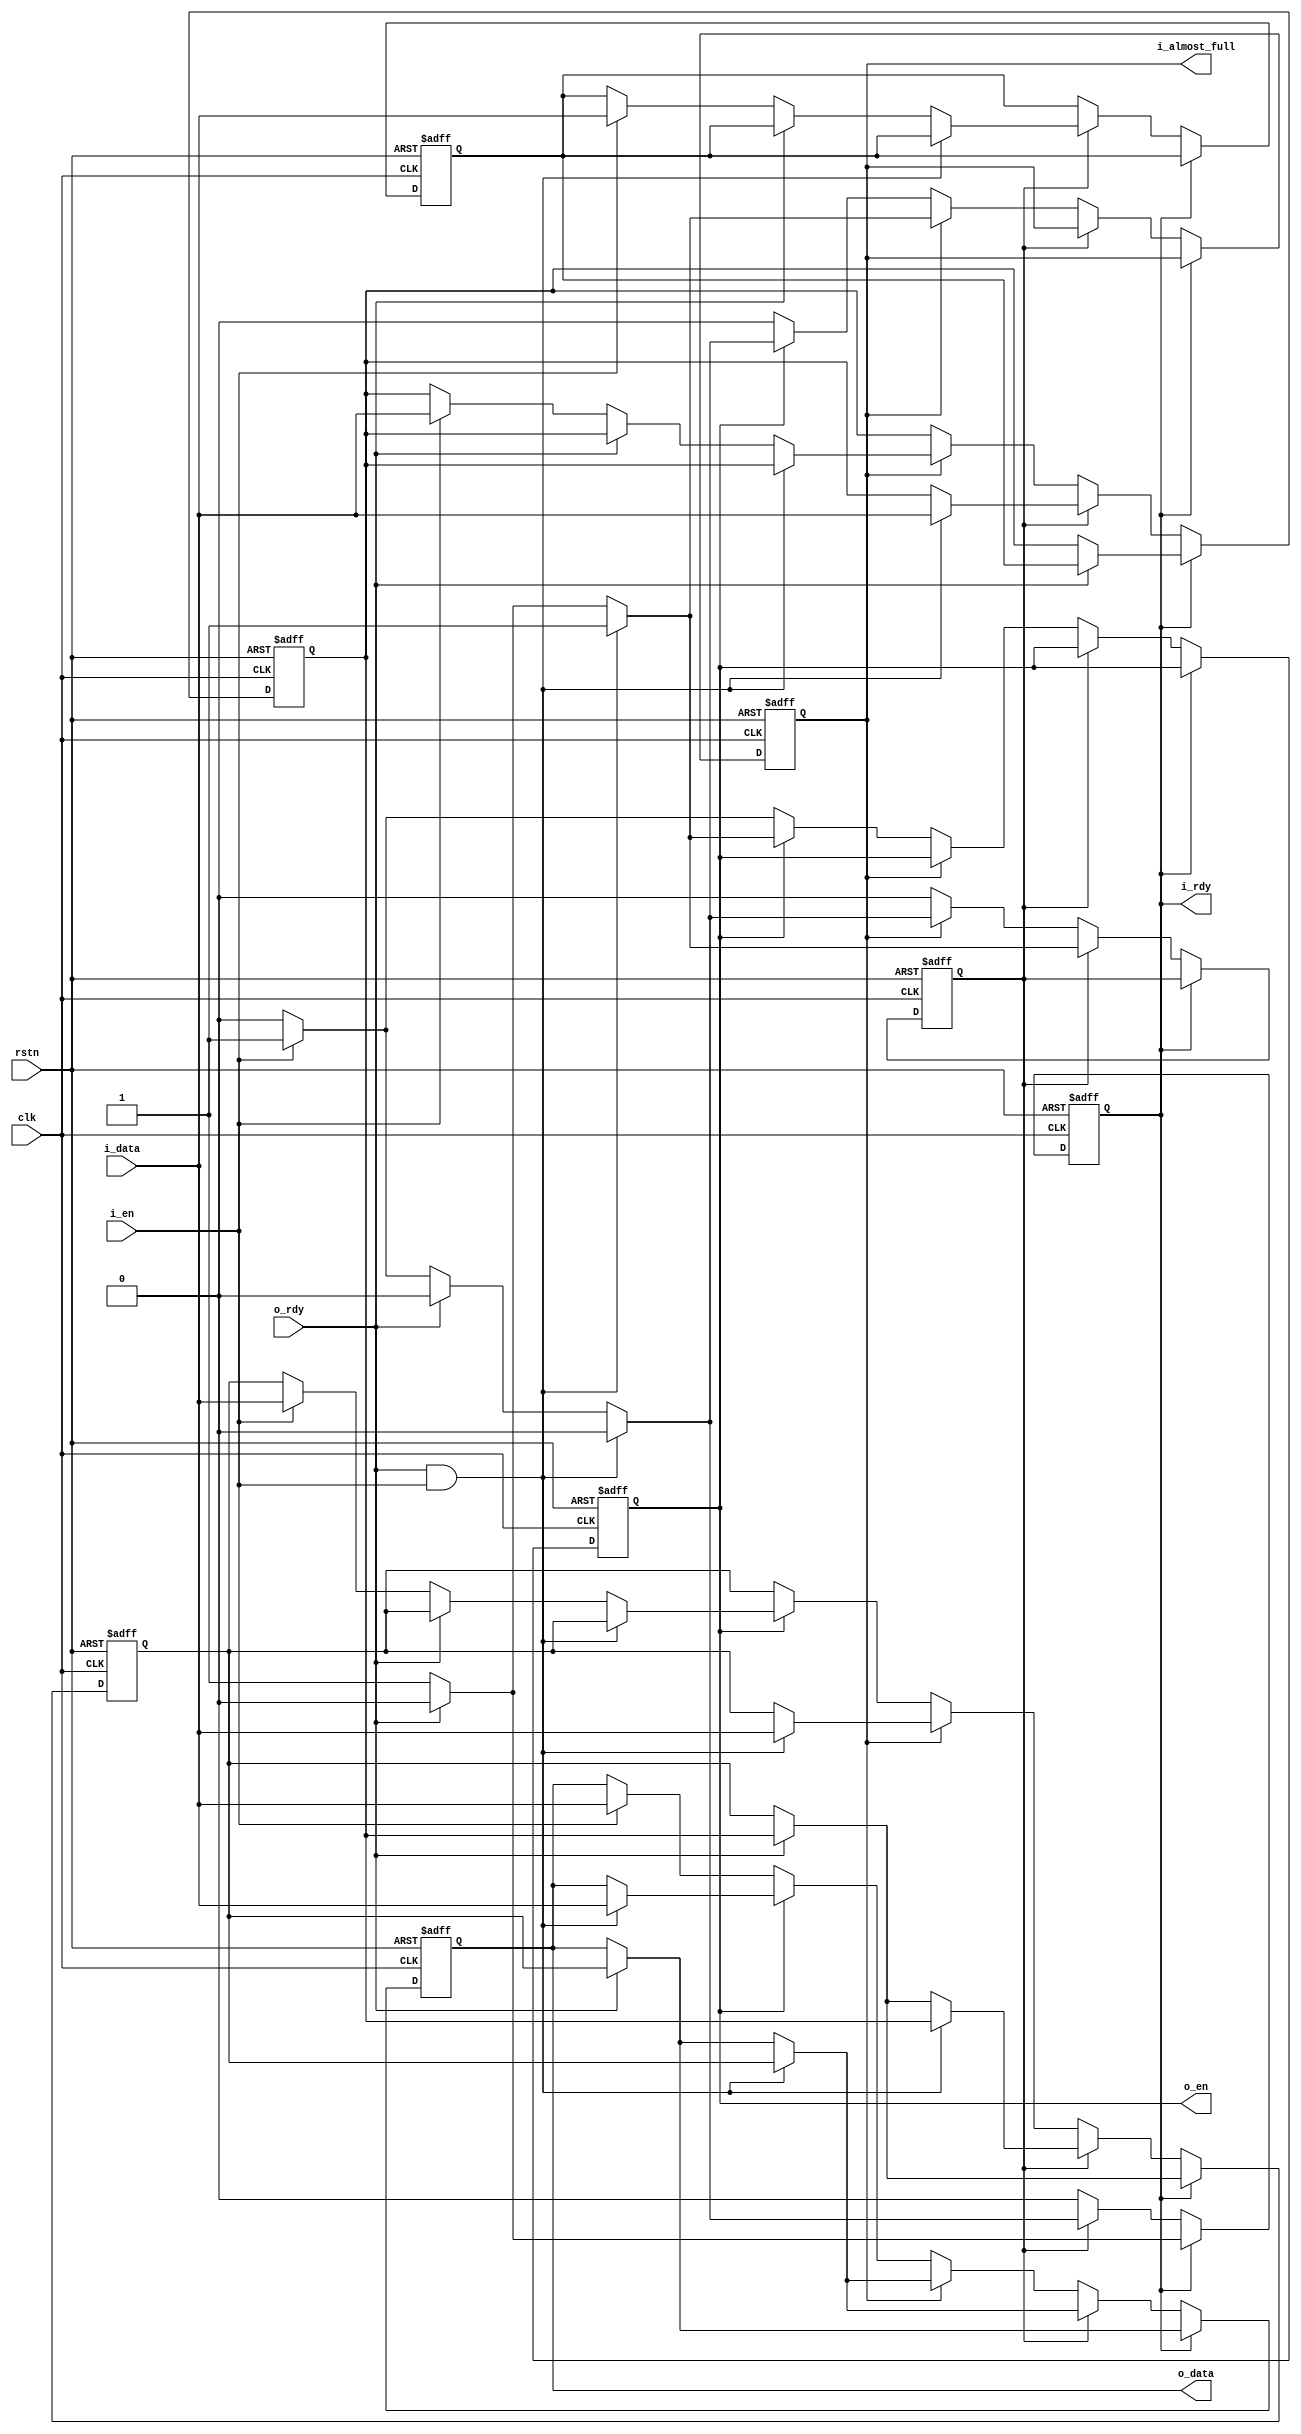

//--------------------------------------------------------------------------------------------------------
// Module  : fifo4
// Type    : synthesizable, IP's sub-module
// Standard: Verilog 2001 (IEEE1364-2001)
// Function: fifo with capacity=4, 
//           all outputs are register-out, which can be inserted into the stream chain to improve timing
//           it has a 'almost_full' pin to report half-full (already 2 data in the fifo)
//--------------------------------------------------------------------------------------------------------

module fifo4 # (
    parameter            DW = 8
) (
    input  wire          rstn,
    input  wire          clk,
    output wire          i_almost_full,
    output wire          i_rdy,
    input  wire          i_en,
    input  wire [DW-1:0] i_data,
    input  wire          o_rdy,
    output wire          o_en,
    output wire [DW-1:0] o_data
);


reg       data1_en   = 1'b0;                 // fifo data1 exist
reg       data2_en   = 1'b0;                 // fifo data2 exist
reg       data3_en   = 1'b0;                 // fifo data3 exist
reg       data4_en   = 1'b0;                 // fifo data4 exist
reg [DW-1:0] data1   = 0;                    // fifo data1
reg [DW-1:0] data2   = 0;                    // fifo data2
reg [DW-1:0] data3   = 0;                    // fifo data3
reg [DW-1:0] data4   = 0;                    // fifo data4

assign    i_rdy          = data4_en;
assign    i_almost_full  = data2_en;

assign    o_en           = data1_en;
assign    o_data         = data1;

always @ (posedge clk or negedge rstn)
    if (~rstn) begin
        data1_en <= 1'b0;
        data2_en <= 1'b0;
        data3_en <= 1'b0;
        data4_en <= 1'b0;
        data1    <= 0;
        data2    <= 0;
        data3    <= 0;
        data4    <= 0;
    end else begin
        if          (data4_en) begin
            if (o_rdy) begin
                data4_en              <= 1'b0;
                {data1, data2, data3} <= {data2, data3, data4};
            end
            
        end else if (data3_en) begin
            if (o_rdy & i_en) begin
                {data1, data2, data3} <= {data2, data3, i_data};
            end else if (o_rdy) begin
                data3_en              <= 1'b0;
                {data1, data2}        <= {data2, data3};
            end else if (i_en) begin
                data4_en              <= 1'b1;
                data4                 <= i_data;
            end
            
        end else if (data2_en) begin
            if (o_rdy & i_en) begin
                {data1, data2}        <= {data2, i_data};
            end else if (o_rdy) begin
                data2_en              <= 1'b0;
                data1                 <= data2;
            end else if (i_en) begin
                data3_en              <= 1'b1;
                data3                 <= i_data;
            end
            
        end else if (data1_en) begin
            if (o_rdy & i_en) begin
                data1                 <= i_data;
            end else if (o_rdy) begin
                data1_en              <= 1'b0;
            end else if (i_en) begin
                data2_en              <= 1'b1;
                data2                 <= i_data;
            end
        
        end else begin
            if (i_en) begin
                data1_en              <= 1'b1;
                data1                 <= i_data;
            end
        end
    end

endmodule